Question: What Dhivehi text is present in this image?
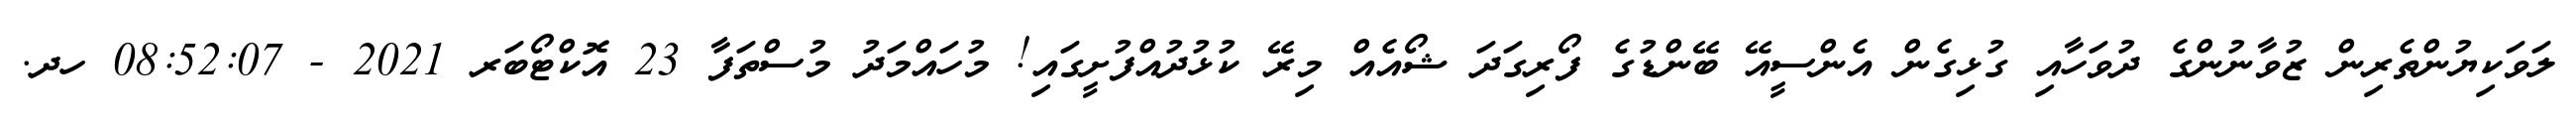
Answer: ލަވަކިޔުންތެރިން ޒުވާނުންގެ ދުވަހާއި ގުޅިގެން އެންސީއޭ ބޭންޑުގެ ފޯރިގަދަ ޝޯއެއް މިރޭ ކުޅުދުއްފުށީގައި! މުހައްމަދު މުސްތަފާ 23 އޮކްޓޯބަރ 2021 - 08:52:07 ހދ.